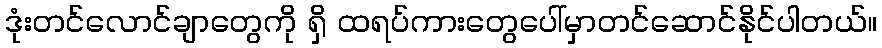
ဒုံးတင်လောင်ချာတွေကို ရှိ ထရပ်ကားတွေပေါ်မှာတင်ဆောင်နိုင်ပါတယ်။